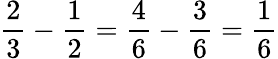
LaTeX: {\frac{2}{3}}-{\frac{1}{2}}={\frac{4}{6}}-{\frac{3}{6}}={\frac{1}{6}}